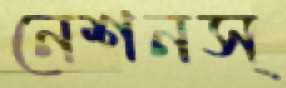
নেশনস্